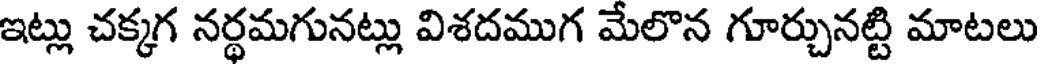
ఇట్లు చక్కగ నర్థమగునట్లు విశదముగ మేలొన గూర్చునట్టి మాటలు